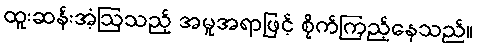
ထူးဆန်းအံ့ဩသည့် အမူအရာဖြင့် စိုက်ကြည့်နေသည်။